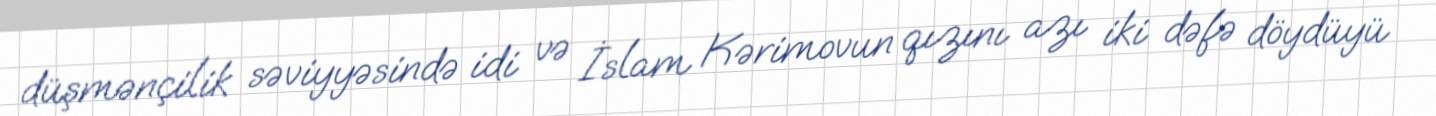
düşmənçilik səviyyəsində idi və İslam Kərimovun qızını azı iki dəfə döydüyü